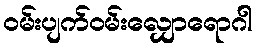
ဝမ်းပျက်ဝမ်းလျှောရောဂါ